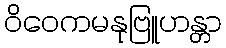
ဝိဝေကမနုဗြူဟန္တာ